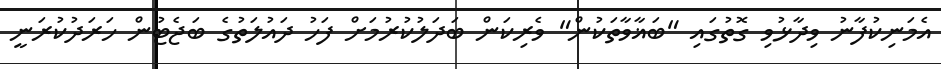
އެމަނިކުފާނު ވިދާޅުވި ގޮތުގައި "ބަޣާވާތަކުން" ވެރިކަން ބަދަލުކުރުމަށް ފަހު ދައުލަތުގެ ބަޖެޓުން ހަރަދުކުރަނީ